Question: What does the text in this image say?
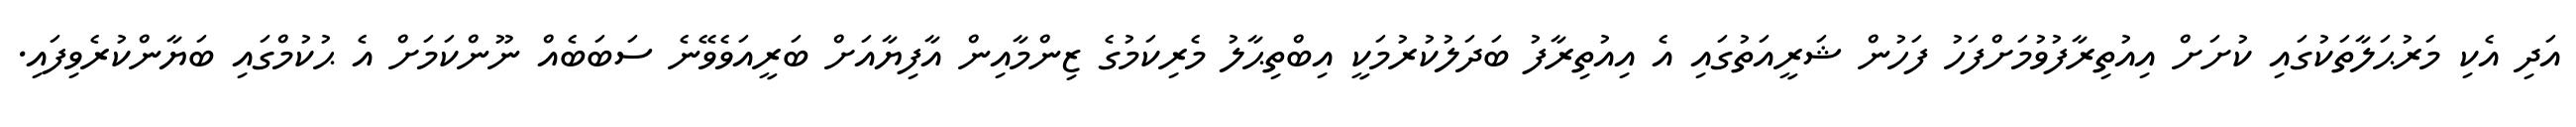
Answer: އަދި އެކި މަރުޙަލާތަކުގައި ކުށަށް އިއުތިރާފުވުމަށްފަހު ފަހުން ޝަރީއަތުގައި އެ އިއުތިރާފު ބަދަލުކުރުމަކީ އިބްތިޙާލު މެރިކަމުގެ ޒިންމާއިން އާފިޔާއަށް ބަރީއަވެވޭނެ ސަބަބެއް ނޫންކަމަށް އެ ޙުކުމްގައި ބަޔާންކުރެވިފައި.